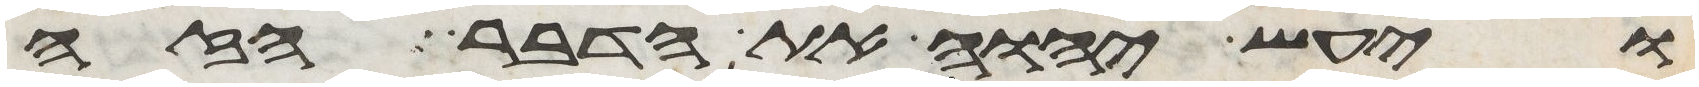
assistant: ויעש יהוה את הדבר הזה